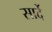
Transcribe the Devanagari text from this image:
सार्दे